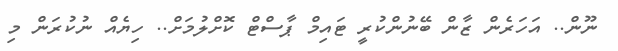
ނޫން.. އަހަރެން ޒާން ބޭނުންކުރީ ޓައިމް ޕާސްޓް ކޮށްލުމަށް.. ހިޔެއް ނުކުރަން މި